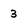
Character: 3